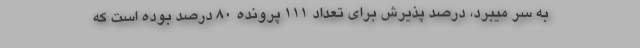
به سر میبرد، درصد پذیرش برای تعداد 111 پرونده 80 درصد بوده است که